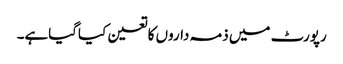
رپورٹ میں ذمہ داروں کاتعین کیاگیاہے۔